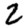
Digit: 2